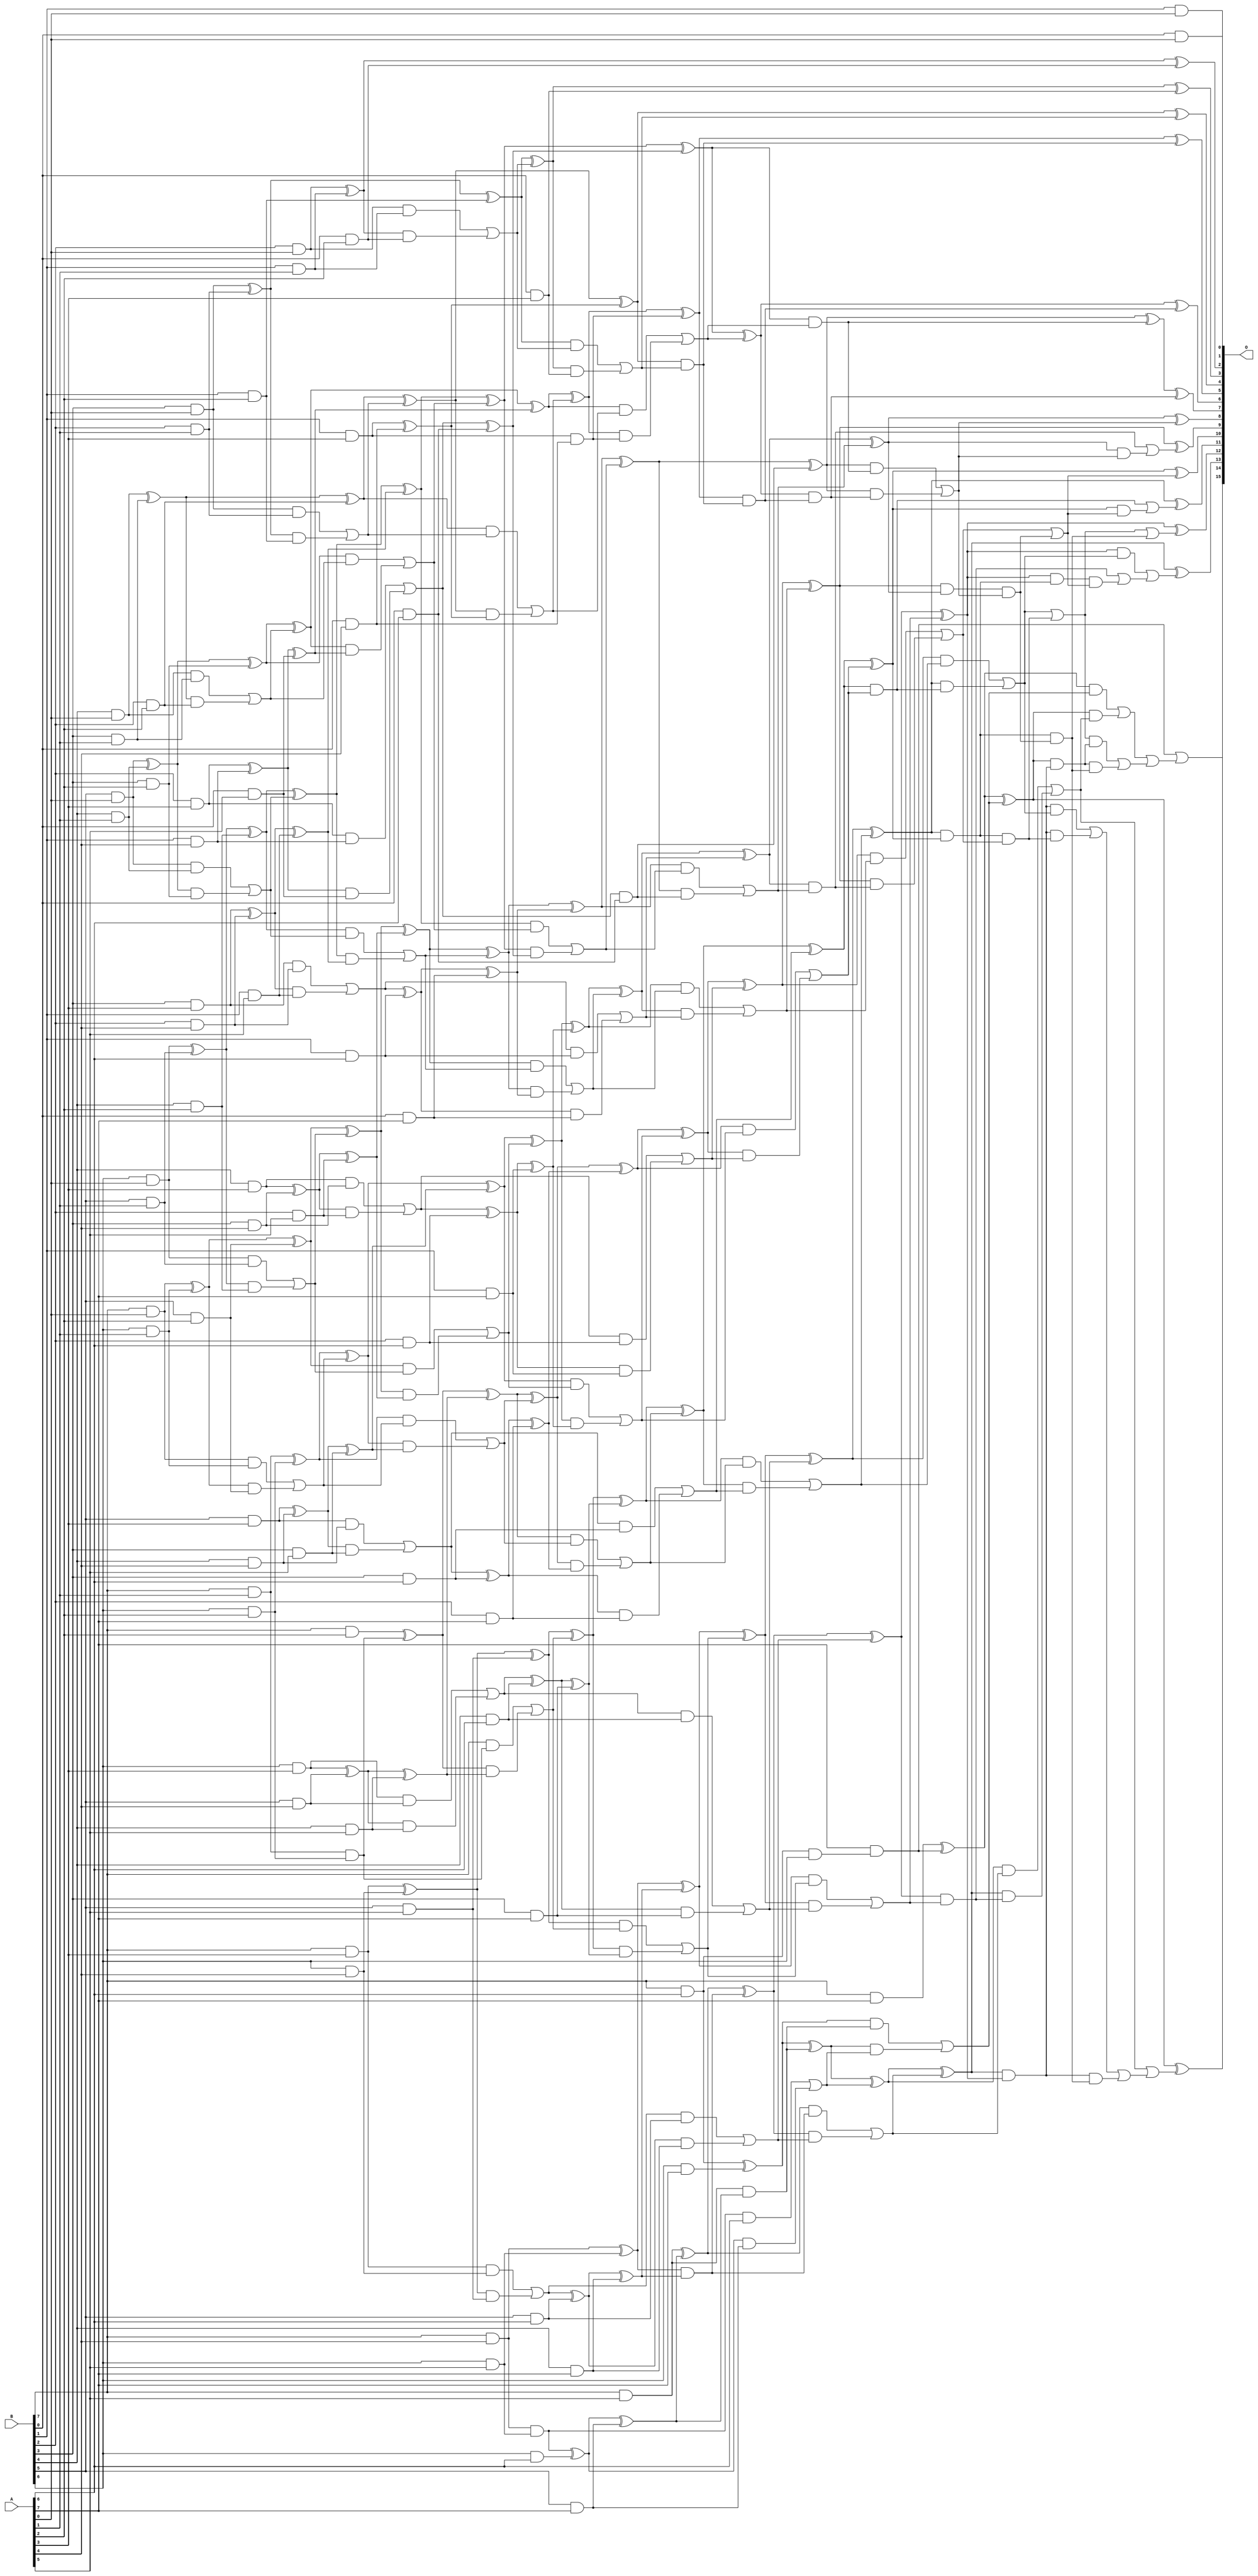
/***
* This code is a part of EvoApproxLib library (ehw.fit.vutbr.cz/approxlib) distributed under The MIT License.
* When used, please cite the following article(s): PRABAKARAN B. S., MRAZEK V., VASICEK Z., SEKANINA L., SHAFIQUE M. ApproxFPGAs: Embracing ASIC-based Approximate Arithmetic Components for FPGA-Based Systems. DAC 2020. 
***/
// MAE% = 0.00076 %
// MAE = 0.5 
// WCE% = 0.0031 %
// WCE = 2.0 
// WCRE% = 100.00 %
// EP% = 25.00 %
// MRE% = 0.03 %
// MSE = 1.0 
// FPGA_POWER = 1.5
// FPGA_DELAY = 10
// FPGA_LUT = 96

module mul8u_DBR (
    A,
    B,
    O
);

input [7:0] A;
input [7:0] B;
output [15:0] O;

wire sig_16,sig_17,sig_18,sig_19,sig_20,sig_21,sig_22,sig_23,sig_25,sig_26,sig_27,sig_28,sig_29,sig_30,sig_31,sig_32,sig_33,sig_34,sig_35,sig_36;
wire sig_37,sig_38,sig_39,sig_40,sig_41,sig_42,sig_43,sig_44,sig_45,sig_46,sig_47,sig_48,sig_49,sig_50,sig_51,sig_52,sig_53,sig_54,sig_55,sig_56;
wire sig_57,sig_58,sig_59,sig_60,sig_61,sig_62,sig_63,sig_64,sig_65,sig_66,sig_67,sig_68,sig_69,sig_70,sig_71,sig_72,sig_73,sig_74,sig_75,sig_76;
wire sig_77,sig_78,sig_79,sig_82,sig_83,sig_84,sig_85,sig_86,sig_87,sig_88,sig_89,sig_90,sig_91,sig_92,sig_93,sig_94,sig_95,sig_96,sig_97,sig_98;
wire sig_99,sig_100,sig_101,sig_102,sig_103,sig_104,sig_105,sig_106,sig_107,sig_108,sig_109,sig_110,sig_111,sig_112,sig_113,sig_114,sig_115,sig_116,sig_117,sig_118;
wire sig_119,sig_120,sig_121,sig_122,sig_123,sig_124,sig_125,sig_126,sig_127,sig_128,sig_129,sig_130,sig_131,sig_132,sig_133,sig_134,sig_135,sig_136,sig_137,sig_138;
wire sig_139,sig_140,sig_141,sig_142,sig_143,sig_144,sig_145,sig_146,sig_147,sig_150,sig_151,sig_152,sig_153,sig_154,sig_155,sig_156,sig_157,sig_158,sig_159,sig_160;
wire sig_161,sig_162,sig_163,sig_164,sig_165,sig_166,sig_167,sig_168,sig_169,sig_170,sig_171,sig_172,sig_173,sig_174,sig_175,sig_176,sig_177,sig_178,sig_179,sig_180;
wire sig_181,sig_182,sig_183,sig_184,sig_185,sig_186,sig_187,sig_188,sig_189,sig_190,sig_191,sig_192,sig_193,sig_194,sig_195,sig_196,sig_197,sig_198,sig_199,sig_200;
wire sig_201,sig_202,sig_203,sig_204,sig_205,sig_206,sig_207,sig_208,sig_209,sig_210,sig_211,sig_212,sig_213,sig_214,sig_215,sig_216,sig_217,sig_218,sig_221,sig_222;
wire sig_223,sig_224,sig_225,sig_226,sig_227,sig_228,sig_229,sig_230,sig_231,sig_232,sig_233,sig_234,sig_235,sig_236,sig_237,sig_238,sig_239,sig_240,sig_241,sig_242;
wire sig_243,sig_244,sig_245,sig_246,sig_247,sig_248,sig_249,sig_250,sig_251,sig_252,sig_253,sig_254,sig_255,sig_256,sig_259,sig_260,sig_261,sig_262,sig_263,sig_264;
wire sig_265,sig_266,sig_267,sig_268,sig_269,sig_270,sig_271,sig_272,sig_273,sig_274,sig_275,sig_276,sig_277,sig_278,sig_279,sig_280,sig_281,sig_282,sig_283,sig_284;
wire sig_285,sig_286,sig_287,sig_288,sig_289,sig_290,sig_291,sig_292,sig_293,sig_294,sig_295,sig_296,sig_297,sig_298,sig_299,sig_302,sig_303,sig_304,sig_305,sig_306;
wire sig_307,sig_308,sig_309,sig_310,sig_311,sig_312,sig_313,sig_314,sig_315,sig_316,sig_317,sig_318,sig_319,sig_333,sig_336,sig_341,sig_345,sig_347,sig_352,sig_353;
wire sig_354,sig_356,sig_364,sig_372,sig_374,sig_381,sig_382,sig_384,sig_385,sig_388,sig_390,sig_398,sig_399,sig_403,sig_410,sig_411,sig_414,sig_423,sig_424,sig_427;
wire sig_428,sig_429,sig_431,sig_434,sig_435,sig_437,sig_449,sig_455,sig_456,sig_457,sig_463,sig_464,sig_497,sig_498,sig_499,sig_500,sig_501,sig_502,sig_503,sig_504;
wire sig_505;

assign sig_16 = B[0] & A[0];
assign sig_17 = B[1] & A[0];
assign sig_18 = B[2] & A[0];
assign sig_19 = B[3] & A[0];
assign sig_20 = B[4] & A[0];
assign sig_21 = B[5] & A[0];
assign sig_22 = B[6] & A[0];
assign sig_23 = B[7] & A[0];
assign sig_25 = B[1] & A[1];
assign sig_26 = B[2] & A[1];
assign sig_27 = B[3] & A[1];
assign sig_28 = B[4] & A[1];
assign sig_29 = B[5] & A[1];
assign sig_30 = B[6] & A[1];
assign sig_31 = B[7] & A[1];
assign sig_32 = B[0] & A[2];
assign sig_33 = B[1] & A[2];
assign sig_34 = B[2] & A[2];
assign sig_35 = B[3] & A[2];
assign sig_36 = B[4] & A[2];
assign sig_37 = B[5] & A[2];
assign sig_38 = B[6] & A[2];
assign sig_39 = B[7] & A[2];
assign sig_40 = B[0] & A[3];
assign sig_41 = B[1] & A[3];
assign sig_42 = B[2] & A[3];
assign sig_43 = B[3] & A[3];
assign sig_44 = B[4] & A[3];
assign sig_45 = B[5] & A[3];
assign sig_46 = B[6] & A[3];
assign sig_47 = B[7] & A[3];
assign sig_48 = B[0] & A[4];
assign sig_49 = B[1] & A[4];
assign sig_50 = B[2] & A[4];
assign sig_51 = B[3] & A[4];
assign sig_52 = B[4] & A[4];
assign sig_53 = B[5] & A[4];
assign sig_54 = B[6] & A[4];
assign sig_55 = B[7] & A[4];
assign sig_56 = B[0] & A[5];
assign sig_57 = B[1] & A[5];
assign sig_58 = B[2] & A[5];
assign sig_59 = B[3] & A[5];
assign sig_60 = B[4] & A[5];
assign sig_61 = B[5] & A[5];
assign sig_62 = B[6] & A[5];
assign sig_63 = B[7] & A[5];
assign sig_64 = B[0] & A[6];
assign sig_65 = B[1] & A[6];
assign sig_66 = B[2] & A[6];
assign sig_67 = B[3] & A[6];
assign sig_68 = B[4] & A[6];
assign sig_69 = B[5] & A[6];
assign sig_70 = B[6] & A[6];
assign sig_71 = B[7] & A[6];
assign sig_72 = B[0] & A[7];
assign sig_73 = B[1] & A[7];
assign sig_74 = B[2] & A[7];
assign sig_75 = B[3] & A[7];
assign sig_76 = B[4] & A[7];
assign sig_77 = B[5] & A[7];
assign sig_78 = B[6] & A[7];
assign sig_79 = B[7] & A[7];
assign sig_82 = sig_18 ^ sig_25;
assign sig_83 = sig_18 & sig_25;
assign sig_84 = sig_82 & sig_32;
assign sig_85 = sig_82 ^ sig_32;
assign sig_86 = sig_83 | sig_84;
assign sig_87 = sig_19 ^ sig_26;
assign sig_88 = sig_19 & sig_26;
assign sig_89 = sig_87 & sig_33;
assign sig_90 = sig_87 ^ sig_33;
assign sig_91 = sig_88 | sig_89;
assign sig_92 = sig_20 ^ sig_27;
assign sig_93 = sig_20 & sig_27;
assign sig_94 = sig_92 & sig_34;
assign sig_95 = sig_92 ^ sig_34;
assign sig_96 = sig_93 | sig_94;
assign sig_97 = sig_21 ^ sig_28;
assign sig_98 = sig_21 & sig_28;
assign sig_99 = sig_97 & sig_35;
assign sig_100 = sig_97 ^ sig_35;
assign sig_101 = sig_98 | sig_99;
assign sig_102 = sig_22 ^ sig_29;
assign sig_103 = sig_22 & sig_29;
assign sig_104 = sig_102 & sig_36;
assign sig_105 = sig_102 ^ sig_36;
assign sig_106 = sig_103 | sig_104;
assign sig_107 = sig_23 ^ sig_30;
assign sig_108 = sig_23 & sig_30;
assign sig_109 = sig_107 & sig_37;
assign sig_110 = sig_107 ^ sig_37;
assign sig_111 = sig_108 | sig_109;
assign sig_112 = sig_31 & sig_38;
assign sig_113 = sig_31 ^ sig_38;
assign sig_114 = sig_41 ^ sig_48;
assign sig_115 = sig_41 & sig_48;
assign sig_116 = sig_42 ^ sig_49;
assign sig_117 = sig_42 & sig_49;
assign sig_118 = sig_116 & sig_56;
assign sig_119 = sig_116 ^ sig_56;
assign sig_120 = sig_117 | sig_118;
assign sig_121 = sig_43 ^ sig_50;
assign sig_122 = sig_43 & sig_50;
assign sig_123 = sig_121 & sig_57;
assign sig_124 = sig_121 ^ sig_57;
assign sig_125 = sig_122 | sig_123;
assign sig_126 = sig_44 ^ sig_51;
assign sig_127 = sig_44 & sig_51;
assign sig_128 = sig_126 & sig_58;
assign sig_129 = sig_126 ^ sig_58;
assign sig_130 = sig_127 | sig_128;
assign sig_131 = sig_45 ^ sig_52;
assign sig_132 = sig_45 & sig_52;
assign sig_133 = sig_131 & sig_59;
assign sig_134 = sig_131 ^ sig_59;
assign sig_135 = sig_132 | sig_133;
assign sig_136 = sig_46 ^ sig_53;
assign sig_137 = sig_46 & sig_53;
assign sig_138 = sig_136 & sig_60;
assign sig_139 = sig_136 ^ sig_60;
assign sig_140 = sig_137 | sig_138;
assign sig_141 = sig_47 ^ sig_54;
assign sig_142 = sig_47 & sig_54;
assign sig_143 = sig_141 & sig_61;
assign sig_144 = sig_141 ^ sig_61;
assign sig_145 = sig_142 | sig_143;
assign sig_146 = sig_55 & sig_62;
assign sig_147 = sig_55 ^ sig_62;
assign sig_150 = sig_90 ^ sig_86;
assign sig_151 = sig_90 & sig_86;
assign sig_152 = sig_150 & sig_40;
assign sig_153 = sig_150 ^ sig_40;
assign sig_154 = sig_151 | sig_152;
assign sig_155 = sig_95 ^ sig_91;
assign sig_156 = sig_95 & sig_91;
assign sig_157 = sig_155 & sig_114;
assign sig_158 = sig_155 ^ sig_114;
assign sig_159 = sig_156 | sig_157;
assign sig_160 = sig_100 ^ sig_96;
assign sig_161 = sig_100 & sig_96;
assign sig_162 = sig_160 & sig_119;
assign sig_163 = sig_160 ^ sig_119;
assign sig_164 = sig_161 | sig_162;
assign sig_165 = sig_105 ^ sig_101;
assign sig_166 = sig_105 & sig_101;
assign sig_167 = sig_165 & sig_124;
assign sig_168 = sig_165 ^ sig_124;
assign sig_169 = sig_166 | sig_167;
assign sig_170 = sig_110 ^ sig_106;
assign sig_171 = sig_110 & sig_106;
assign sig_172 = sig_170 & sig_129;
assign sig_173 = sig_170 ^ sig_129;
assign sig_174 = sig_171 | sig_172;
assign sig_175 = sig_113 ^ sig_111;
assign sig_176 = sig_113 & sig_111;
assign sig_177 = sig_175 & sig_134;
assign sig_178 = sig_175 ^ sig_134;
assign sig_179 = sig_176 | sig_177;
assign sig_180 = sig_39 ^ sig_112;
assign sig_181 = B[7] & sig_112;
assign sig_182 = sig_180 & sig_139;
assign sig_183 = sig_180 ^ sig_139;
assign sig_184 = sig_181 | sig_182;
assign sig_185 = sig_120 ^ sig_64;
assign sig_186 = sig_120 & sig_64;
assign sig_187 = sig_125 ^ sig_65;
assign sig_188 = sig_125 & sig_65;
assign sig_189 = sig_187 & sig_72;
assign sig_190 = sig_187 ^ sig_72;
assign sig_191 = sig_188 | sig_189;
assign sig_192 = sig_130 ^ sig_66;
assign sig_193 = sig_130 & sig_66;
assign sig_194 = sig_192 & sig_73;
assign sig_195 = sig_192 ^ sig_73;
assign sig_196 = sig_193 | sig_194;
assign sig_197 = sig_135 ^ sig_67;
assign sig_198 = sig_135 & sig_67;
assign sig_199 = sig_197 & sig_74;
assign sig_200 = sig_197 ^ sig_74;
assign sig_201 = sig_198 | sig_199;
assign sig_202 = sig_140 ^ sig_68;
assign sig_203 = sig_140 & sig_68;
assign sig_204 = sig_202 & sig_75;
assign sig_205 = sig_202 ^ sig_75;
assign sig_206 = sig_203 | sig_204;
assign sig_207 = sig_145 ^ sig_69;
assign sig_208 = sig_145 & sig_69;
assign sig_209 = sig_207 & sig_76;
assign sig_210 = sig_207 ^ sig_76;
assign sig_211 = sig_208 | sig_209;
assign sig_212 = sig_146 ^ sig_70;
assign sig_213 = sig_146 & A[6];
assign sig_214 = sig_212 & sig_77;
assign sig_215 = sig_212 ^ sig_77;
assign sig_216 = sig_213 | sig_214;
assign sig_217 = sig_71 & B[6];
assign sig_218 = sig_71 ^ sig_78;
assign sig_221 = sig_158 ^ sig_154;
assign sig_222 = sig_158 & sig_154;
assign sig_223 = sig_163 ^ sig_159;
assign sig_224 = sig_163 & sig_159;
assign sig_225 = sig_223 & sig_115;
assign sig_226 = sig_223 ^ sig_115;
assign sig_227 = sig_224 | sig_225;
assign sig_228 = sig_168 ^ sig_164;
assign sig_229 = sig_168 & sig_164;
assign sig_230 = sig_228 & sig_185;
assign sig_231 = sig_228 ^ sig_185;
assign sig_232 = sig_229 | sig_230;
assign sig_233 = sig_173 ^ sig_169;
assign sig_234 = sig_173 & sig_169;
assign sig_235 = sig_233 & sig_190;
assign sig_236 = sig_233 ^ sig_190;
assign sig_237 = sig_234 | sig_235;
assign sig_238 = sig_178 ^ sig_174;
assign sig_239 = sig_178 & sig_174;
assign sig_240 = sig_238 & sig_195;
assign sig_241 = sig_238 ^ sig_195;
assign sig_242 = sig_239 | sig_240;
assign sig_243 = sig_183 ^ sig_179;
assign sig_244 = sig_183 & sig_179;
assign sig_245 = sig_243 & sig_200;
assign sig_246 = sig_243 ^ sig_200;
assign sig_247 = sig_244 | sig_245;
assign sig_248 = sig_144 ^ sig_184;
assign sig_249 = sig_144 & sig_184;
assign sig_250 = sig_248 & sig_205;
assign sig_251 = sig_248 ^ sig_205;
assign sig_252 = sig_249 | sig_250;
assign sig_253 = sig_147 & sig_210;
assign sig_254 = sig_147 ^ sig_210;
assign sig_255 = sig_63 & sig_215;
assign sig_256 = sig_63 ^ sig_215;
assign sig_259 = sig_226 ^ sig_222;
assign sig_260 = sig_226 & sig_222;
assign sig_261 = sig_231 ^ sig_227;
assign sig_262 = sig_231 & sig_227;
assign sig_263 = sig_236 ^ sig_232;
assign sig_264 = sig_236 & sig_232;
assign sig_265 = sig_263 & sig_186;
assign sig_266 = sig_263 ^ sig_186;
assign sig_267 = sig_264 | sig_265;
assign sig_268 = sig_241 ^ sig_237;
assign sig_269 = sig_241 & sig_237;
assign sig_270 = sig_268 & sig_191;
assign sig_271 = sig_268 ^ sig_191;
assign sig_272 = sig_269 | sig_270;
assign sig_273 = sig_246 ^ sig_242;
assign sig_274 = sig_246 & sig_242;
assign sig_275 = sig_273 & sig_196;
assign sig_276 = sig_273 ^ sig_196;
assign sig_277 = sig_274 | sig_275;
assign sig_278 = sig_251 ^ sig_247;
assign sig_279 = sig_251 & sig_247;
assign sig_280 = sig_278 & sig_201;
assign sig_281 = sig_278 ^ sig_201;
assign sig_282 = sig_279 | sig_280;
assign sig_283 = sig_254 ^ sig_252;
assign sig_284 = sig_254 & sig_252;
assign sig_285 = sig_283 & sig_206;
assign sig_286 = sig_283 ^ sig_206;
assign sig_287 = sig_284 | sig_285;
assign sig_288 = sig_256 ^ sig_253;
assign sig_289 = sig_256 & sig_253;
assign sig_290 = sig_288 & sig_211;
assign sig_291 = sig_288 ^ sig_211;
assign sig_292 = sig_289 | sig_290;
assign sig_293 = sig_218 ^ sig_255;
assign sig_294 = sig_218 & sig_255;
assign sig_295 = sig_293 & sig_216;
assign sig_296 = sig_293 ^ sig_216;
assign sig_297 = sig_294 | sig_295;
assign sig_298 = A[7] & sig_217;
assign sig_299 = sig_79 ^ sig_298;
assign sig_302 = sig_261 ^ sig_260;
assign sig_303 = sig_261 & sig_260;
assign sig_304 = sig_266 ^ sig_262;
assign sig_305 = sig_266 & sig_262;
assign sig_306 = sig_271 ^ sig_267;
assign sig_307 = sig_271 & sig_267;
assign sig_308 = sig_276 ^ sig_272;
assign sig_309 = sig_276 & sig_272;
assign sig_310 = sig_281 ^ sig_277;
assign sig_311 = sig_281 & sig_277;
assign sig_312 = sig_286 ^ sig_282;
assign sig_313 = sig_286 & sig_282;
assign sig_314 = sig_291 ^ sig_287;
assign sig_315 = sig_291 & sig_287;
assign sig_316 = sig_296 ^ sig_292;
assign sig_317 = sig_296 & sig_292;
assign sig_318 = sig_299 ^ sig_297;
assign sig_319 = sig_299 & sig_297;
assign sig_333 = sig_266 & sig_303;
assign sig_336 = sig_305 | sig_333;
assign sig_341 = sig_306 & sig_336;
assign sig_345 = sig_307 | sig_341;
assign sig_347 = sig_308 & sig_306;
assign sig_352 = sig_347 & sig_336;
assign sig_353 = sig_308 & sig_307;
assign sig_354 = sig_309 | sig_353;
assign sig_356 = sig_354 | sig_352;
assign sig_364 = sig_310 & sig_356;
assign sig_372 = sig_311 | sig_364;
assign sig_374 = sig_312 & sig_310;
assign sig_381 = sig_374 & sig_352;
assign sig_382 = sig_374 & sig_354;
assign sig_384 = sig_312 & sig_311;
assign sig_385 = sig_313 | sig_384;
assign sig_388 = sig_385 | sig_382;
assign sig_390 = sig_388 | sig_381;
assign sig_398 = sig_314 & sig_374;
assign sig_399 = sig_398 & sig_356;
assign sig_403 = sig_314 & sig_385;
assign sig_410 = sig_315 | sig_399;
assign sig_411 = sig_403 | sig_410;
assign sig_414 = sig_316 & sig_314;
assign sig_423 = sig_414 & sig_381;
assign sig_424 = sig_414 & sig_382;
assign sig_427 = sig_414 & sig_385;
assign sig_428 = sig_316 & sig_315;
assign sig_429 = sig_317 | sig_428;
assign sig_431 = sig_427 | sig_424;
assign sig_434 = sig_431 | sig_423;
assign sig_435 = sig_429 | sig_434;
assign sig_437 = sig_318 & sig_414;
assign sig_449 = sig_437 & sig_381;
assign sig_455 = sig_388 & sig_437;
assign sig_456 = sig_318 & sig_429;
assign sig_457 = sig_319 | sig_456;
assign sig_463 = sig_455 | sig_449;
assign sig_464 = sig_457 | sig_463;
assign sig_497 = sig_304 ^ sig_303;
assign sig_498 = sig_306 ^ sig_336;
assign sig_499 = sig_308 ^ sig_345;
assign sig_500 = sig_310 ^ sig_356;
assign sig_501 = sig_312 ^ sig_372;
assign sig_502 = sig_314 ^ sig_390;
assign sig_503 = sig_316 ^ sig_411;
assign sig_504 = sig_318 ^ sig_435;
assign sig_505 = sig_298 | sig_464;

assign O[15] = sig_505;
assign O[14] = sig_504;
assign O[13] = sig_503;
assign O[12] = sig_502;
assign O[11] = sig_501;
assign O[10] = sig_500;
assign O[9] = sig_499;
assign O[8] = sig_498;
assign O[7] = sig_497;
assign O[6] = sig_302;
assign O[5] = sig_259;
assign O[4] = sig_221;
assign O[3] = sig_153;
assign O[2] = sig_85;
assign O[1] = sig_17;
assign O[0] = sig_16;

endmodule